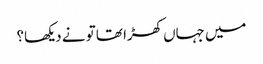
میں جہاں کھڑا تھا تو نے دیکھا؟